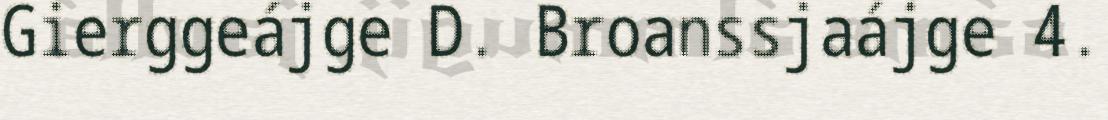
Gierggeájge D. Broanssjaájge 4.